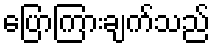
ပြောကြားချက်သည်